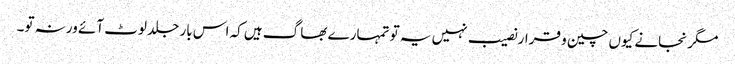
مگر نجانے کیوں چین و قرار نصیب نہیں یہ تو تمہارے بھاگ ہیں کہ اس بار جلد لوٹ آئے ورنہ تو۔